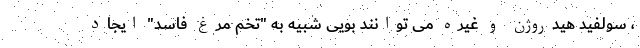
، سولفید هیدروژن و غیره می توانند بویی شبیه به "تخم مرغ فاسد" ایجاد